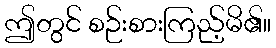
ဤတွင် စဉ်းစားကြည့်မိ၏။